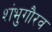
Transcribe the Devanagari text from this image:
शंभुगौरव